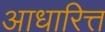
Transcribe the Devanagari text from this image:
आधारित्त